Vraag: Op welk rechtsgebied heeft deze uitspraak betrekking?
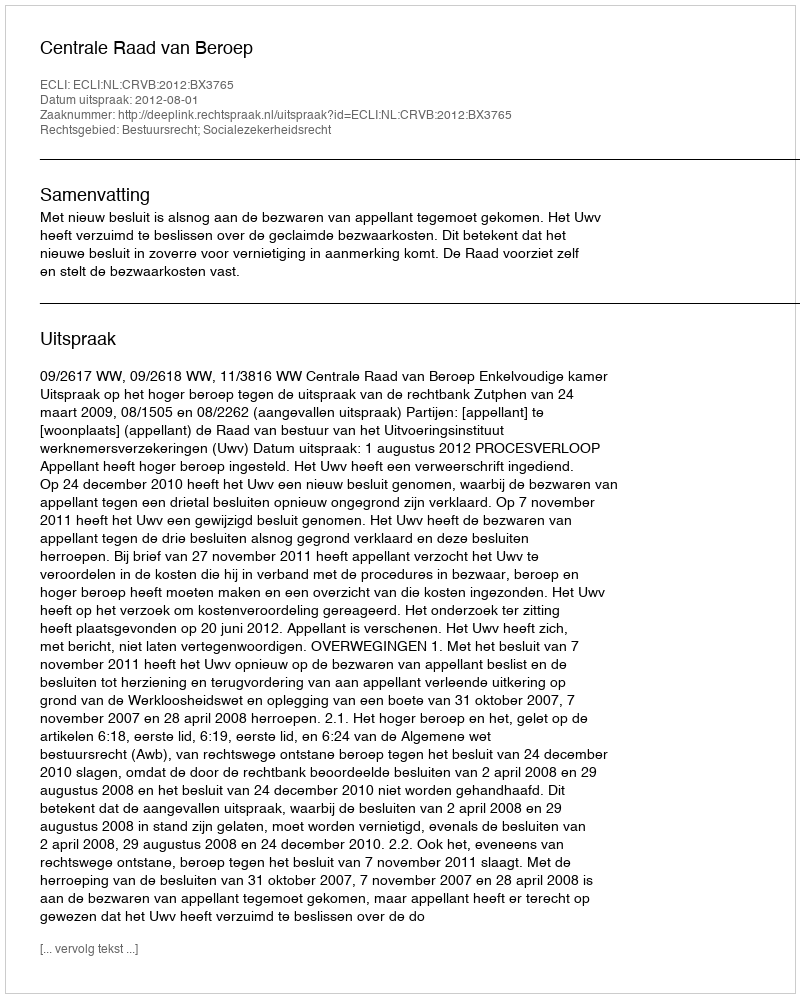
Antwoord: Bestuursrecht; Socialezekerheidsrecht